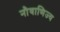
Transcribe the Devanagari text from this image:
नौवाणिज्य